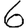
Digit: 6